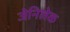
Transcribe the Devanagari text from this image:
जेनिलेक